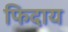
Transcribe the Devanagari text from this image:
फिदाय